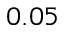
0 . 0 5